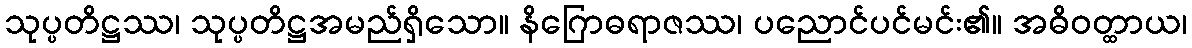
သုပ္ပတိဋ္ဌဿ၊ သုပ္ပတိဋ္ဌအမည်ရှိသော။ နိဂြောဓရာဇဿ၊ ပညောင်ပင်မင်း၏။ အဓိဝတ္ထာယ၊